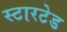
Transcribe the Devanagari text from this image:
स्टारटेड